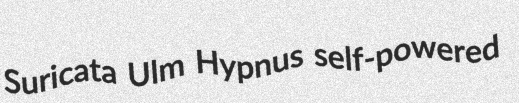
Suricata Ulm Hypnus self-powered